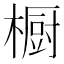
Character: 橱